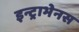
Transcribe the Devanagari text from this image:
इन्ट्राभेनस